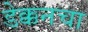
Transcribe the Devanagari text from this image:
डेक्कनचा